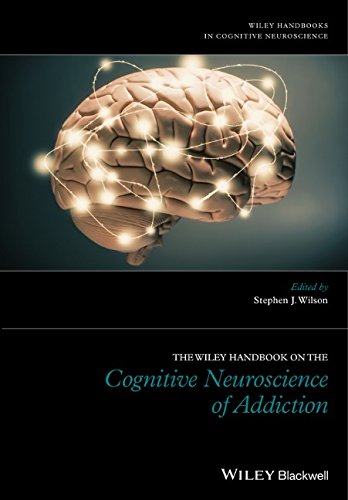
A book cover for The Wiley Handbook on the Cognitive Neuroscience of Addiction; Health, Fitness & Dieting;